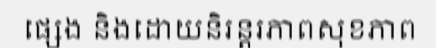
ផ្សេង និងដោយនិរន្តរភាពសុខភាព